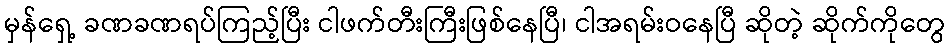
မှန်ရှေ့ ခဏခဏရပ်ကြည့်ပြီး ငါဖက်တီးကြီးဖြစ်နေပြီ၊ ငါအရမ်းဝနေပြီ ဆိုတဲ့ ဆိုက်ကိုတွေ